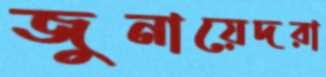
জুনায়েদরা